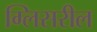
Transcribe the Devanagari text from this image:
ग्लिसरील